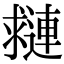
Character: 𨘑